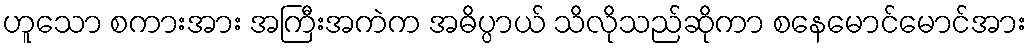
ဟူသော စကားအား အကြီးအကဲက အဓိပ္ပာယ် သိလိုသည်ဆိုကာ စနေမောင်မောင်အား